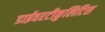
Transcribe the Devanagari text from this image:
डाईवरटीकुलिटिस